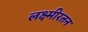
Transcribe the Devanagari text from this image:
लक्ष्मीरतन